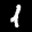
Label: 1